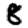
Digit: 8